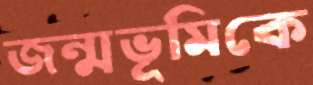
জন্মভূমিকে